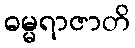
ဓမ္မရာဇာတိ